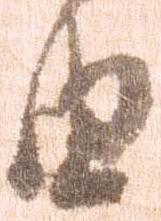
由